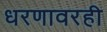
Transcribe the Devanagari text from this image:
धरणावरही